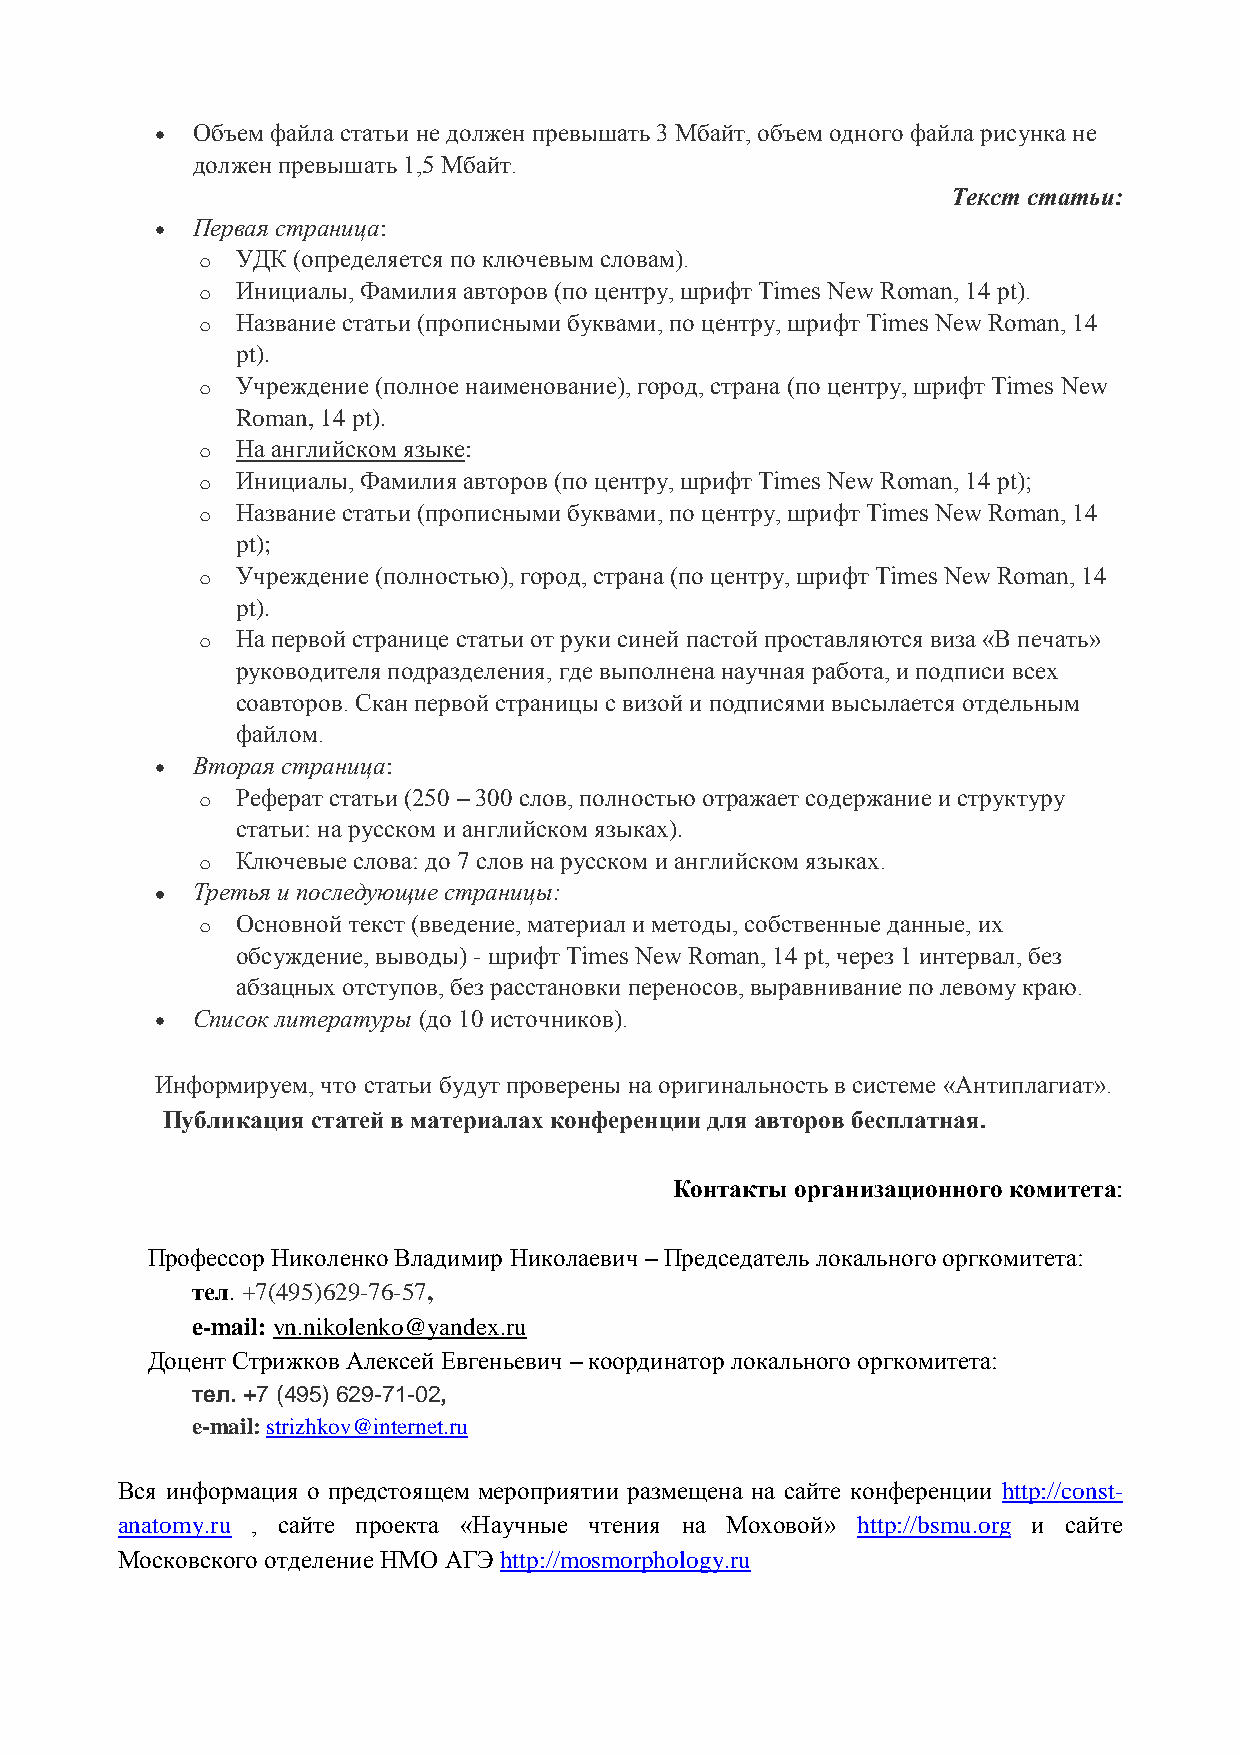
Объем файла статьи не должен превышать 3 Мбайт, объем одного файла рисунка не
 должен превышать 1,5 Мбайт.
 Текст статьи:
 Первая страница:
 o  УДК (определяется по ключевым словам).
 o  Инициалы, Фамилия авторов (по центру, шрифт Times New Roman, 14 pt).
 o  Название статьи (прописными буквами, по центру, шрифт Times New Roman, 14
 pt).
 o  Учреждение (полное наименование), город, страна (по центру, шрифт Times New
 Roman, 14 pt).
 o  На английском языке:
 o  Инициалы, Фамилия авторов (по центру, шрифт Times New Roman, 14 pt);
 o  Название статьи (прописными буквами, по центру, шрифт Times New Roman, 14
 pt);
 o  Учреждение (полностью), город, страна (по центру, шрифт Times New Roman, 14
 pt).
 o  На первой странице статьи от руки синей пастой проставляются виза «В печать»
 руководителя подразделения, где выполнена научная работа, и подписи всех
 соавторов. Скан первой страницы с визой и подписями высылается отдельным
 файлом.
 Вторая страница:
 o  Реферат статьи (250 – 300 слов, полностью отражает содержание и структуру
 статьи: на русском и английском языках).
 o  Ключевые слова: до 7 слов на русском и английском языках.
 Третья и последующие страницы:
 o  Основной текст (введение, материал и методы, собственные данные, их
 обсуждение, выводы) - шрифт Times New Roman, 14 pt, через 1 интервал, без
 абзацных отступов, без расстановки переносов, выравнивание по левому краю.
 Список литературы (до 10 источников).
 Информируем, что статьи будут проверены на оригинальность в системе «Антиплагиат».
 Публикация статей в материалах конференции для авторов бесплатная.
 Контакты организационного комитета:
 Профессор Николенко Владимир Николаевич – Председатель локального оргкомитета:
 тел. +7(495)629-76-57,
 e-mail: vn.nikolenko@yandex.ru
 Доцент Стрижков Алексей Евгеньевич – координатор локального оргкомитета:
 тел. +7 (495) 629-71-02,
 e-mail: strizhkov@internet.ru
 Вся информация о предстоящем мероприятии размещена на сайте конференции http://const-
 anatomy.ru , сайте проекта «Научные чтения на Моховой» http://bsmu.org и сайте
 Московского отделение НМО АГЭ http://mosmorphology.ru